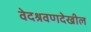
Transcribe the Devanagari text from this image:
वेदश्रवणदेखील